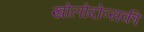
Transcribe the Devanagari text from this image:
खोलोदोव्सकी